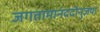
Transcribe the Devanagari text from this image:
जगतामानंददोनुज्ञया